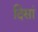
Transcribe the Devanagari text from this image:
दिसां